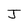
Character: J